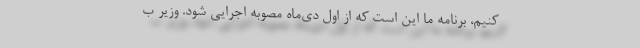
کنیم، برنامه ما این است که از اول دی‌ماه مصوبه اجرایی شود. وزیر ب